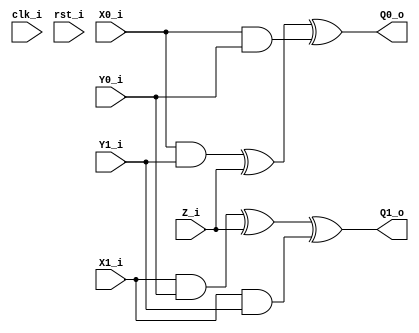
module dom_and_1storder_broken (clk_i, rst_i, 
    X0_i, X1_i, 
    Y0_i, Y1_i, 
    Z_i, 
    Q0_o, Q1_o
     );
    input clk_i; 
    input rst_i;
    input [7:0] X0_i, X1_i;
    input [7:0] Y0_i, Y1_i;
    input [7:0] Z_i;
    output [7:0] Q0_o, Q1_o; 

    //Same domain
    wire [7:0] X0_Y0;
    wire [7:0] X1_Y1;

    assign X0_Y0 = X0_i & Y0_i;
    assign X1_Y1 = X1_i & Y1_i;

    //Cross domain + resharing
    wire [7:0] X0_Y1;
    wire [7:0] X1_Y0;

    assign X0_Y1 = X0_i & Y1_i;
    assign X1_Y0 = X1_i & Y0_i;

    wire [7:0] X0_Y1_Z;
    wire [7:0] X1_Y0_Z;    

    assign X0_Y1_Z = X0_Y1 ^ Z_i;
    assign X1_Y0_Z = X1_Y0 ^ Z_i;
 
    assign Q0_o = X0_Y1_Z ^ X0_Y0;
    assign Q1_o = X1_Y0_Z ^ X1_Y1;

endmodule